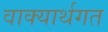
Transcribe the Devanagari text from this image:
वाक्यार्थगत